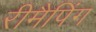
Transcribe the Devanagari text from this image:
रीमैपिंग